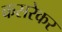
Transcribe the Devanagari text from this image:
कसरेकर